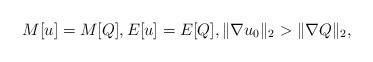
LaTeX: \begin{align*}M[u]= M[Q], E[u]= E[Q], \| \nabla u_0 \|_2 > \| \nabla Q \|_2,\end{align*}